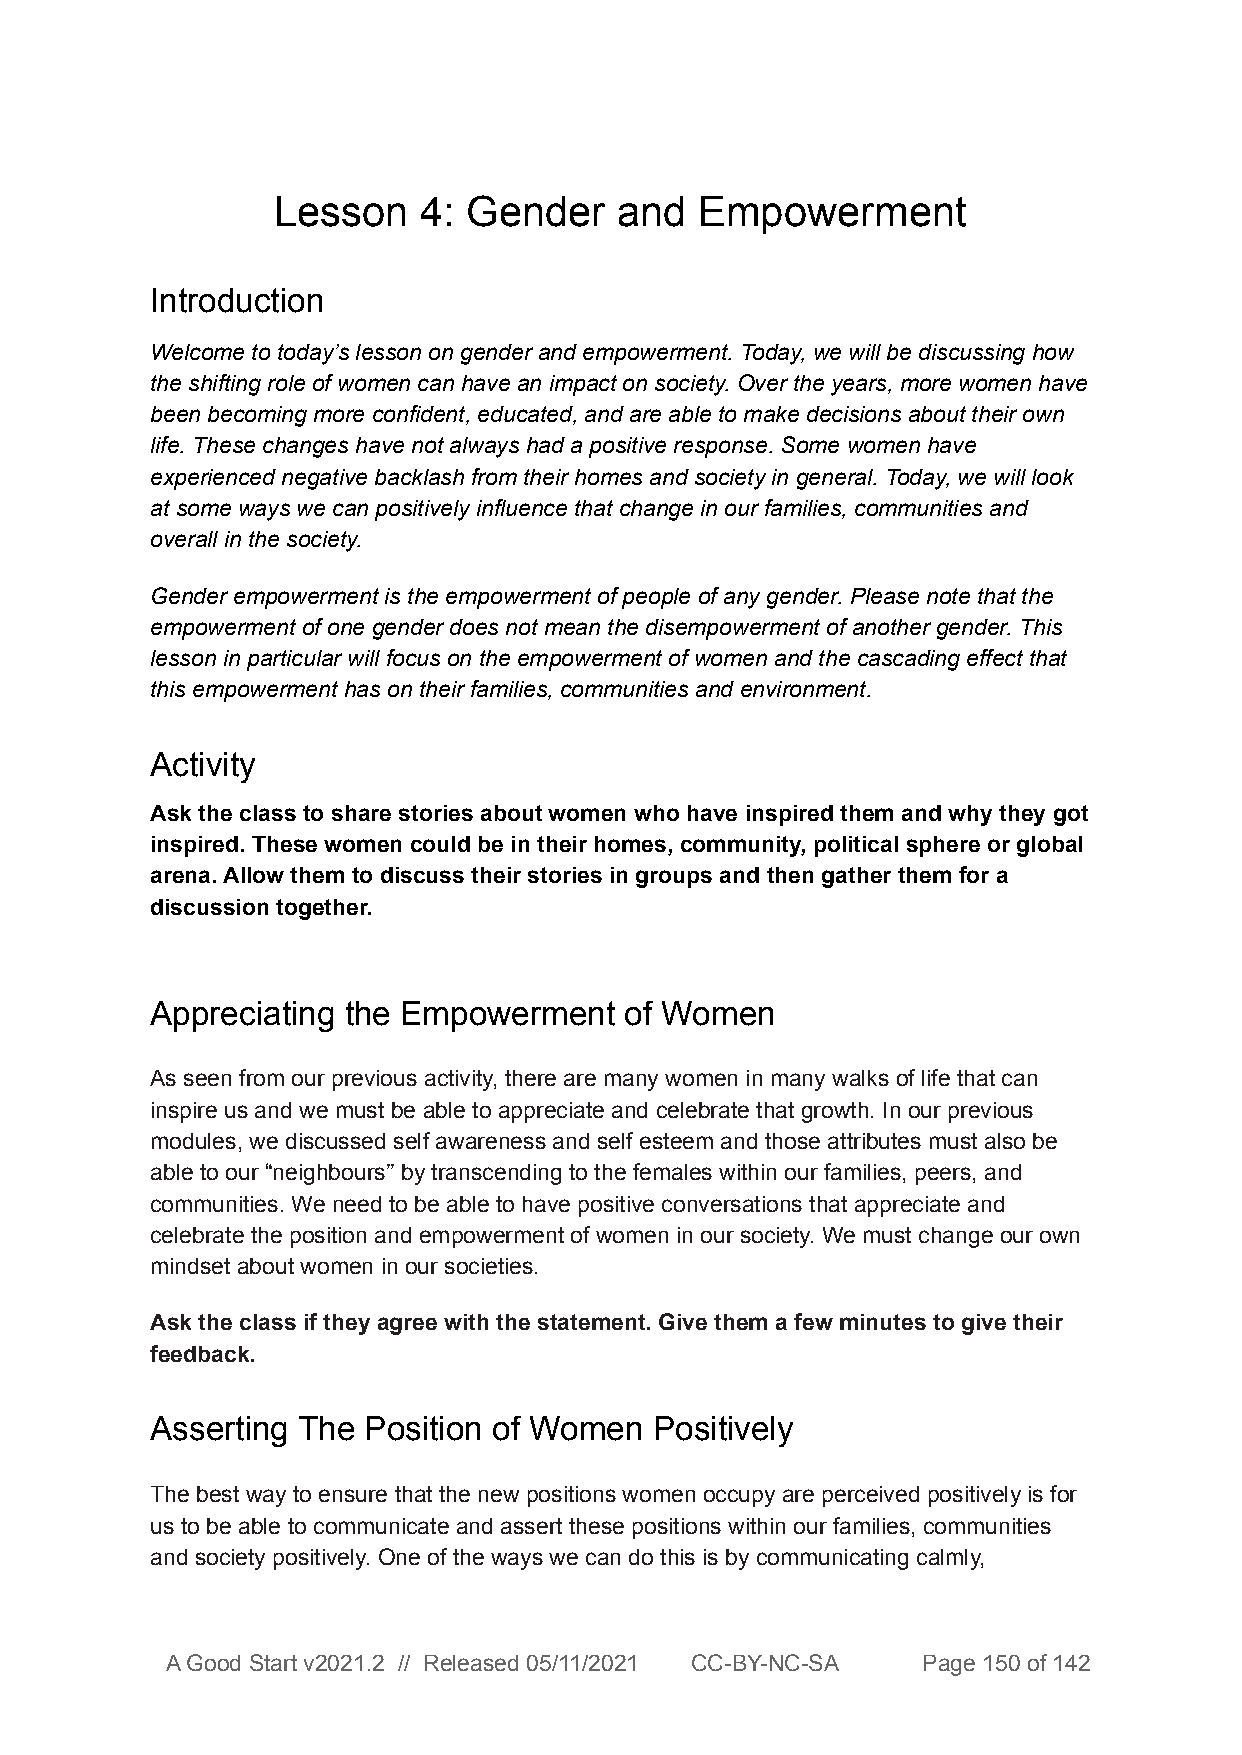
Lesson    4: Gender    and  Empowerment
 Introduction
 Welcome to today’s lesson on gender and empowerment. Today, we will be discussing how
 the shifting role of women can have an impact on society. Over the years, more women have
 been becoming more confident, educated, and are able to make decisions about their own
 life. These changes have not always had a positive response. Some women have
 experienced negative backlash from their homes and society in general. Today, we will look
 at some ways we can positively influence that change in our families, communities and
 overall in the society.
 Gender empowerment is the empowerment of people of any gender. Please note that the
 empowerment of one gender does not mean the disempowerment of another gender. This
 lesson in particular will focus on the empowerment of women and the cascading effect that
 this empowerment has on their families, communities and environment.
 Activity
 Ask the class to share stories about women who have inspired them and why they got
 inspired. These women could be in their homes, community, political sphere or global
 arena. Allow them to discuss their stories in groups and then gather them for a
 discussion together.
 Appreciating the Empowerment   of Women
 As seen from our previous activity, there are many women in many walks of life that can
 inspire us and we must be able to appreciate and celebrate that growth. In our previous
 modules, we discussed self awareness and self esteem and those attributes must also be
 able to our “neighbours’’ by transcending to the females within our families, peers, and
 communities. We need to be able to have positive conversations that appreciate and
 celebrate the position and empowerment of women in our society. We must change our own
 mindset about women in our societies.
 Ask the class if they agree with the statement. Give them a few minutes to give their
 feedback.
 Asserting The Position of Women  Positively
 The best way to ensure that the new positions women occupy are perceived positively is for
 us to be able to communicate and assert these positions within our families, communities
 and society positively. One of the ways we can do this is by communicating calmly,
 A Good Start v2021.2 // Released 05/11/2021 CC-BY-NC-SA Page 150 of 142